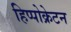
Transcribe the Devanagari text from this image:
हिप्पोक्रेटन